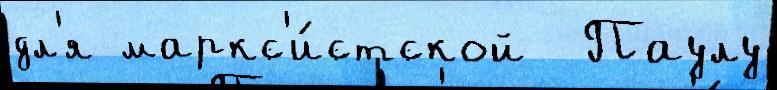
дл'я маркс'и́стской  Паулу